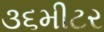
૩૬મીટર